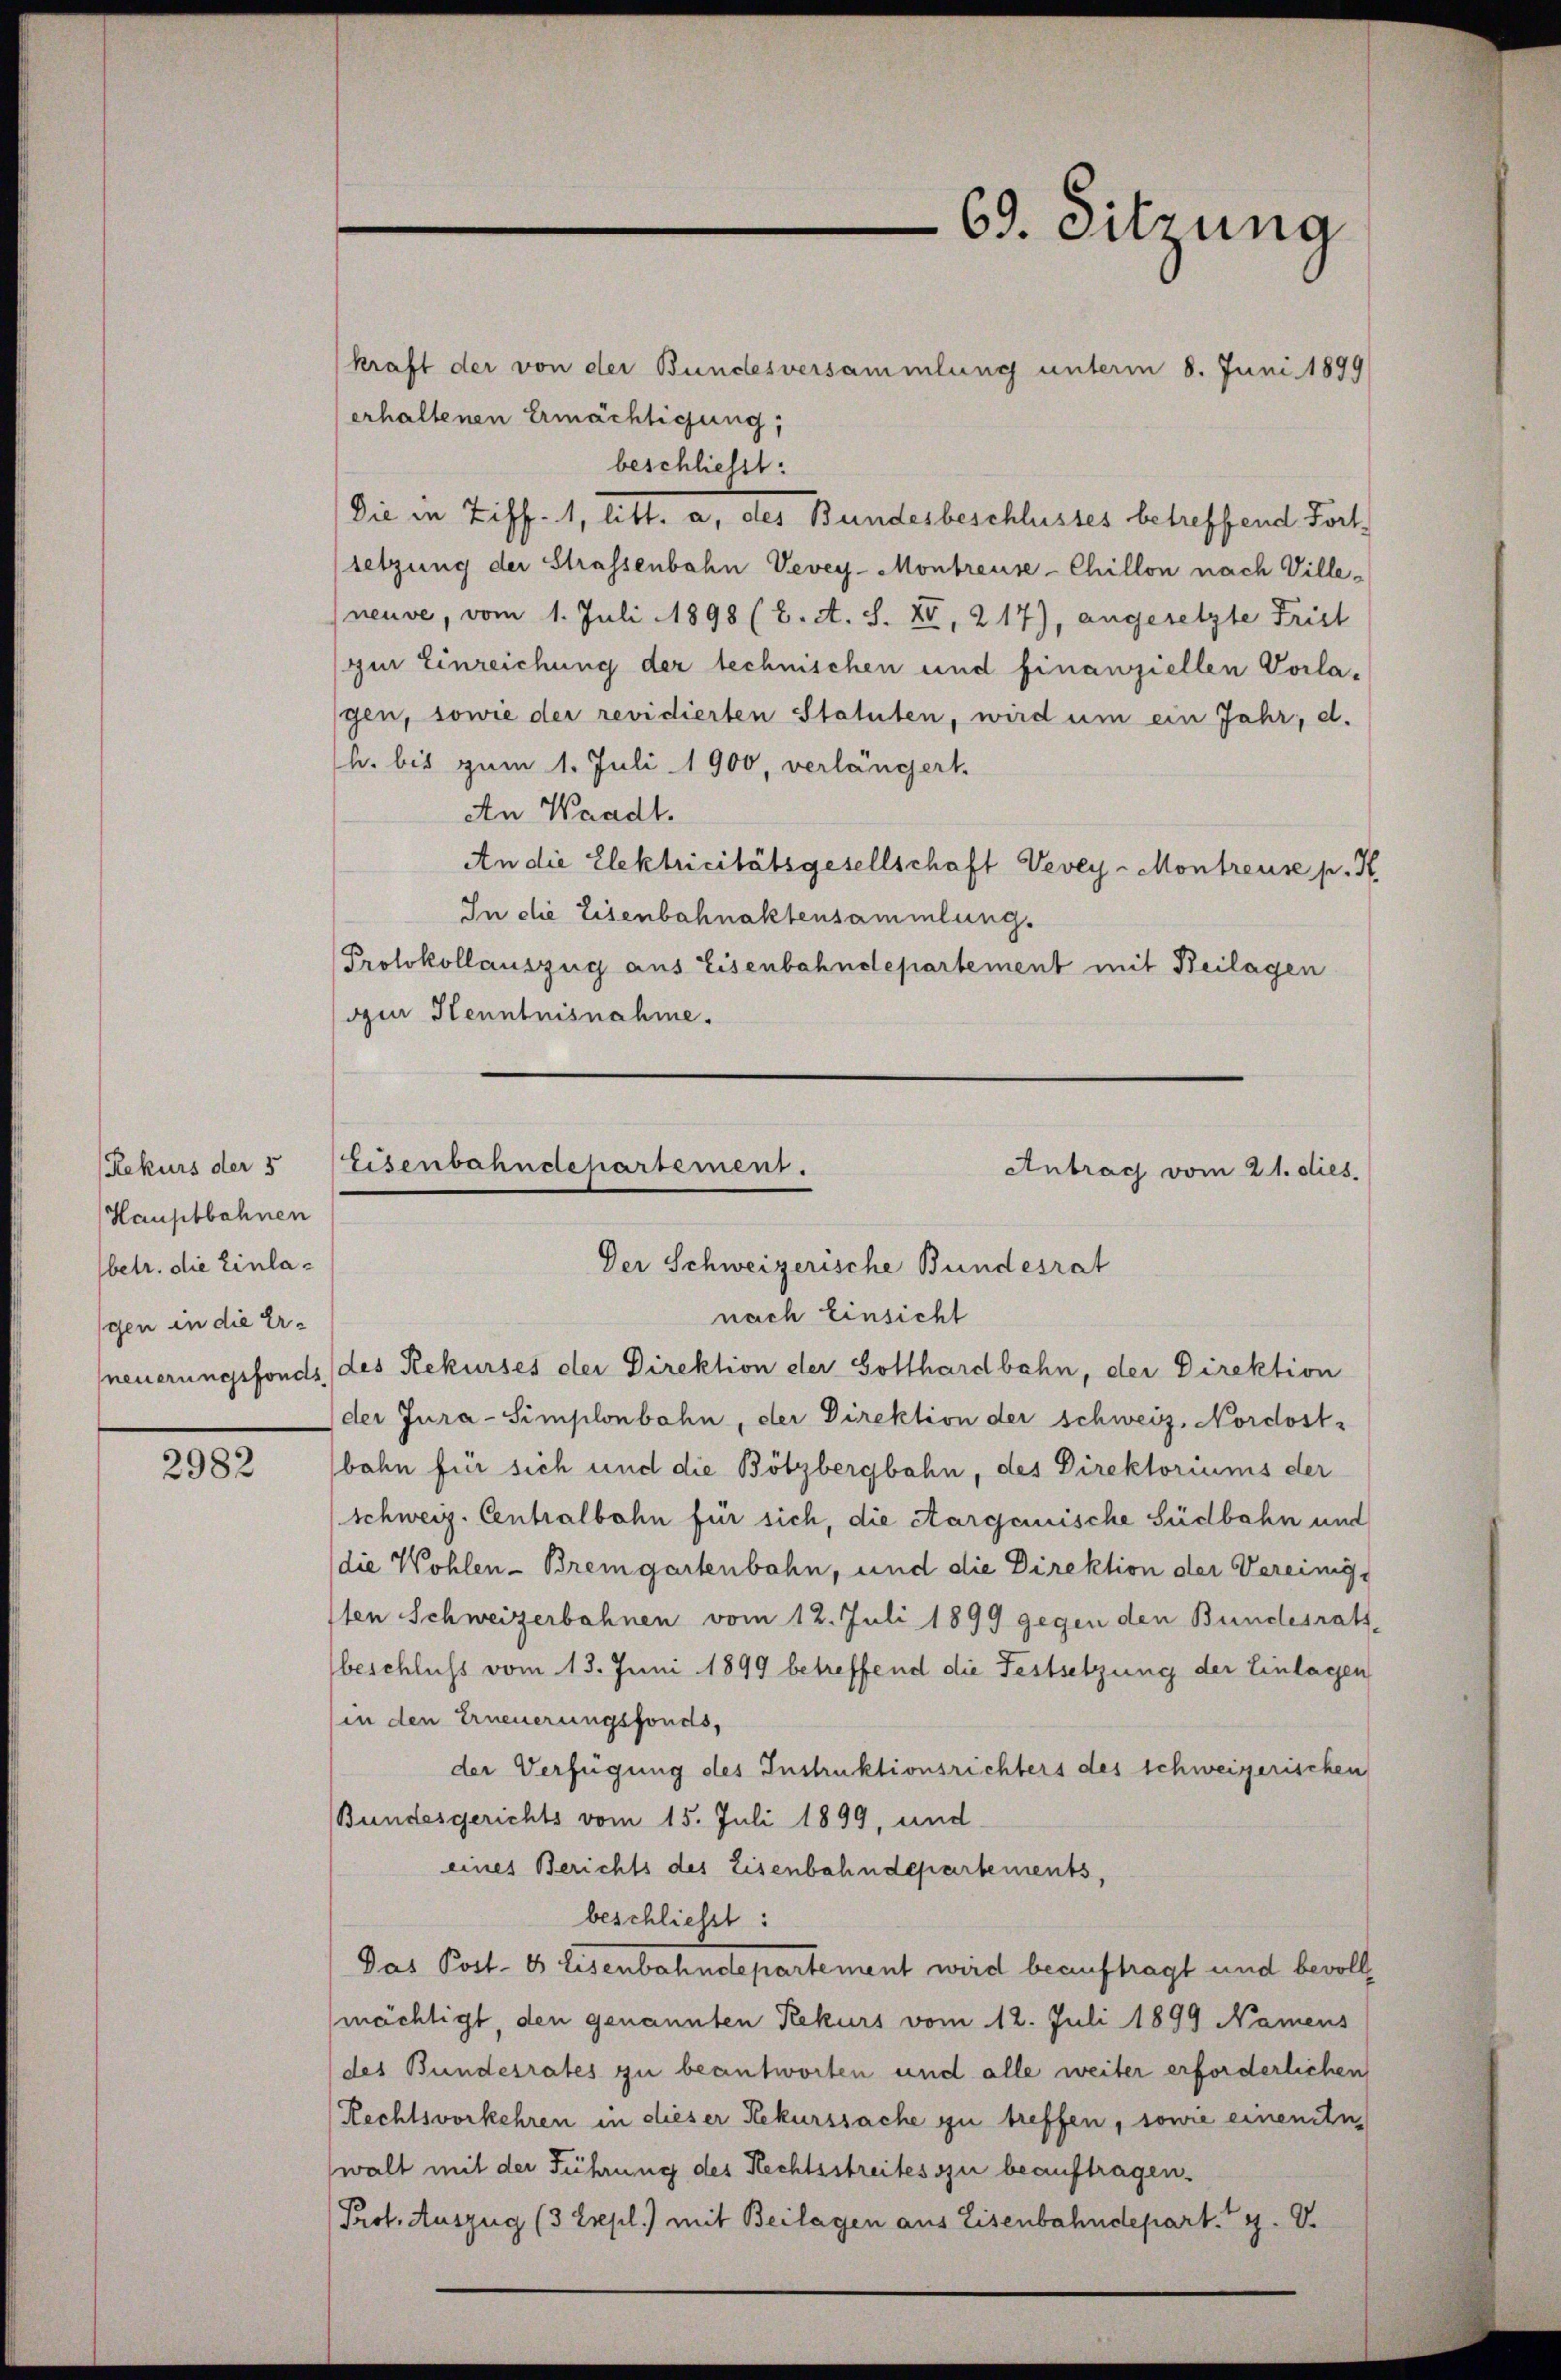
Rekurs der 5
Hauptbahnen
betr. die Einlagen in die Er¬

2982

kraft der von der Bundesversammlung unterm 8. Juni 1899
erhaltenen Ermächtigung,
beschliesst:
Die in Ziff. 1, litt. a, des Bundesbeschlusses betreffend Fortsetzung der Strassenbahn Vevey-Montreuse-Chillon nach Ville-
neuve, vom 1. Juli 1898 (2. A. S. XV, 217), angesetzte Frist
zur Einreichung der technischen und finanziellen Vorlagen, sowie der revidierten Statuten, wird um ein Jahr, d.
h. bis zum 1. Juli 1900, verlängert.
An Waadt.
An die Elektricitätsgesellschaft Vevey-Montreuse p. H.
In die Eisenbahnaktensammlung.
Protokollauszug aus Eisenbahndepartement mit Beilagen
our Kenntnisnahme.

Eisenbahndepartement.
Antrag vom 21. dies
Der Schweizerische Bundesrat

69. Sitzung

nach Einsicht
neuerungsfonds des Rekurses der Direktion der Gotthardbahn, der Direktion
der Jura-Simplonbahn, der Direktion der schweiz. Nordost-
bahn für sich und die Bötzbergbahn, des Direktoriums der
(schweiz. Centralbahn für sich, die Aarganische Südbahn und
die Wohlen-Bremgartenbahn, und die Direktion der Vereinig
sten Schweizerbahnen vom 12. Juli 1899 gegen den Bundesrath
beschluss vom 13. Juni 1899 betreffend die Festsetzung der Einlagen
(in den Erneuerungsfonds,
der Verfügung des Instruktionsrichters des schweizerischen
Bundesgerichts vom 15. Juli 1899, und
eines Berichts des Eisenbahndepartements,
beschließt:
Das Post- & Eisenbahndepartement wird beauftragt und bevollmächtigt, den genannten Rekurs vom 12. Juli 1899 Namens
(des Bundesrates zu beantworten und alle weiter erforderlichen
Rechtsvorkehren in dieser Rekurssache zu treffen, sowie einentn
(walt mit der Führung des Rechtsstreites zu beauftragen.
Prof. Auszug (3 Erepl.) mit Beilagen aus Eisenbahndepart. 79. V.